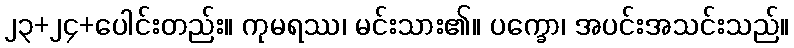
၂၃+၂၄+ပေါင်းတည်း။ ကုမရဿ၊ မင်းသား၏။ ပက္ခော၊ အပင်းအသင်းသည်။